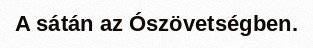
A sátán az Ószövetségben.